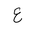
Letter: _ayn